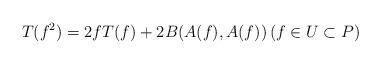
LaTeX: \begin{align*} T(f^{2})= 2fT(f)+2B(A(f), A(f)) \left(f\in U\subset P\right)\end{align*}